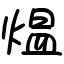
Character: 煴